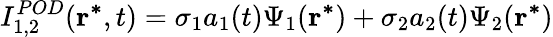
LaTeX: I_{1,2}^{POD}(\mathbf{r^{*}},t)=\sigma_{1}a_{1}(t)\Psi_{1}(\mathbf{r^{*}})+\sigma_{2}a_{2}(t)\Psi_{2}(\mathbf{r^{*}})